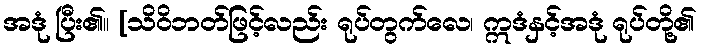
အဒုံ ပြီး၏။ [သိဝိဘတ်ဖြင့်လည်း ရုပ်တွက်လေ၊ ဣဒံနှင့်အဒုံ ရုပ်တို့၏